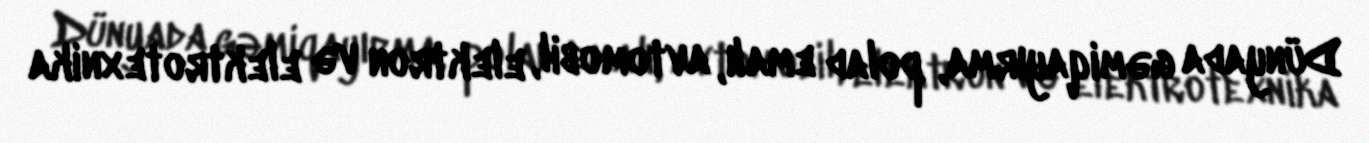
Dünyada gəmiqayırma, polad emalı, avtomobil, elektron və elektrotexnika